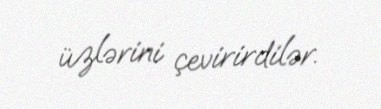
üzlərini çevirirdilər.